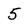
Character: 5